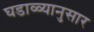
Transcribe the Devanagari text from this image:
घडाळ्यानुसार